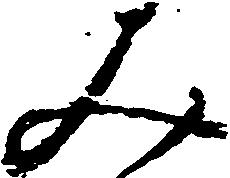
み